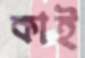
কাই